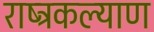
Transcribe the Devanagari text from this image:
राष्ट्रकल्याण